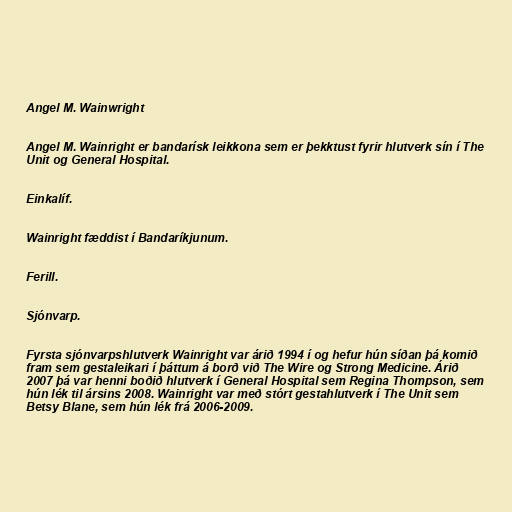
Angel M. Wainwright

Angel M. Wainright er bandarísk leikkona sem er þekktust fyrir hlutverk sín í The
Unit og General Hospital.

Einkalíf.

Wainright fæddist í Bandaríkjunum.

Ferill.

Sjónvarp.

Fyrsta sjónvarpshlutverk Wainright var árið 1994 í og hefur hún síðan þá komið
fram sem gestaleikari í þáttum á borð við The Wire og Strong Medicine. Árið
2007 þá var henni boðið hlutverk í General Hospital sem Regina Thompson, sem
hún lék til ársins 2008. Wainright var með stórt gestahlutverk í The Unit sem
Betsy Blane, sem hún lék frá 2006-2009.